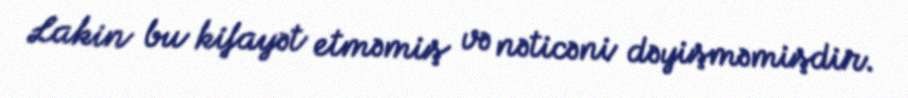
Lakin bu kifayət etməmiş və nəticəni dəyişməmişdir.